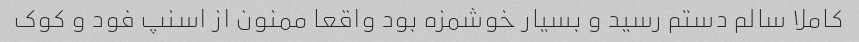
کاملا سالم دستم رسید و بسیار خوشمزه بود واقعا ممنون از اسنپ فود و کوک